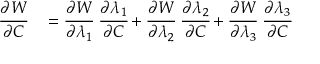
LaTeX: \begin{array} { r l } { { \cfrac { \partial W } { \partial { \boldsymbol { C } } } } } & { { } = { \cfrac { \partial W } { \partial \lambda _ { 1 } } } ~ { \cfrac { \partial \lambda _ { 1 } } { \partial { \boldsymbol { C } } } } + { \cfrac { \partial W } { \partial \lambda _ { 2 } } } ~ { \cfrac { \partial \lambda _ { 2 } } { \partial { \boldsymbol { C } } } } + { \cfrac { \partial W } { \partial \lambda _ { 3 } } } ~ { \cfrac { \partial \lambda _ { 3 } } { \partial { \boldsymbol { C } } } } } \end{array}